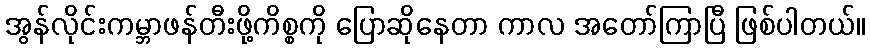
အွန်လိုင်းကမ္ဘာဖန်တီးဖို့ကိစ္စကို ပြောဆိုနေတာ ကာလ အတော်ကြာပြီ ဖြစ်ပါတယ်။